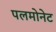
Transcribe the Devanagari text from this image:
पलमोनेट